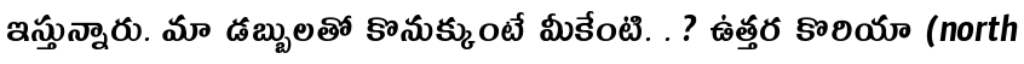
ఇస్తున్నారు. మా డబ్బులతో కొనుక్కుంటే మీకేంటి. . ? ఉత్తర కొరియా (north